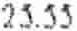
25.55